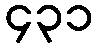
၄၃၁